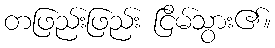
တဖြည်းဖြည်း ငြိမ်သွား၏။